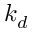
k _ { d }